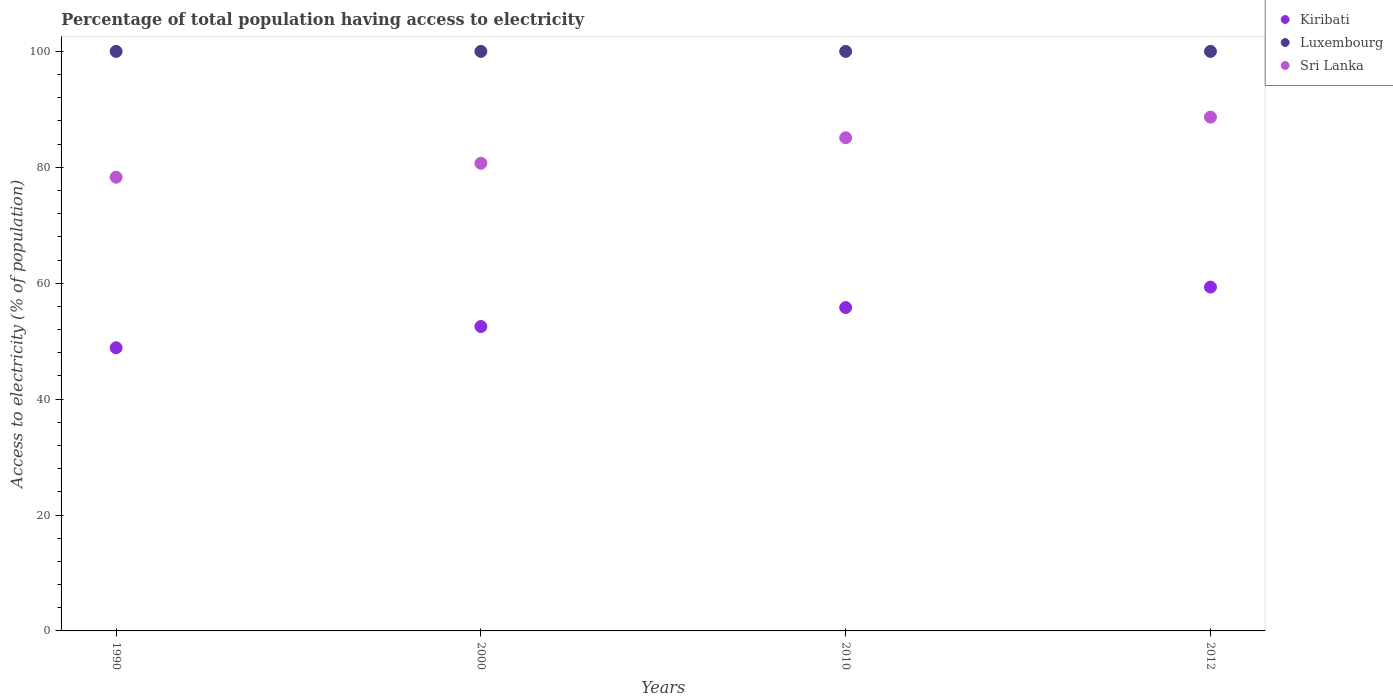
| Years | Kiribati | Luxembourg | Sri Lanka |
 | --- | --- | --- | --- |
 | 1990 | 48.9 | 100 | 78.3 |
 | 2000 | 52.5 | 100 | 80.7 |
 | 2010 | 55.8 | 100 | 85.1 |
 | 2012 | 59.3 | 100 | 88.7 |